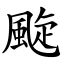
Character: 颴